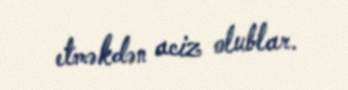
etməkdən aciz olublar.